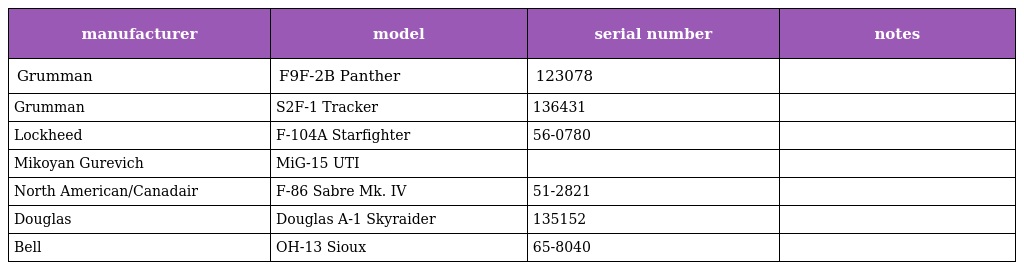
| manufacturer | model | serial number | notes |
 | --- | --- | --- | --- |
 | Grumman | F9F-2B Panther | 123078 |  |
 | Grumman | S2F-1 Tracker | 136431 |  |
 | Lockheed | F-104A Starfighter | 56-0780 |  |
 | Mikoyan Gurevich | MiG-15 UTI |  |  |
 | North American/Canadair | F-86 Sabre Mk. IV | 51-2821 |  |
 | Douglas | Douglas A-1 Skyraider | 135152 |  |
 | Bell | OH-13 Sioux | 65-8040 |  |